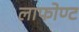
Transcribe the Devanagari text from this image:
लाफोण्ट